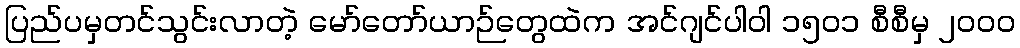
ပြည်ပမှတင်သွင်းလာတဲ့ မော်တော်ယာဉ်တွေထဲက အင်ဂျင်ပါဝါ ၁၅၀၁ စီစီမှ ၂၀၀၀